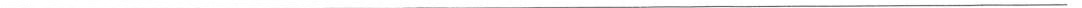
___